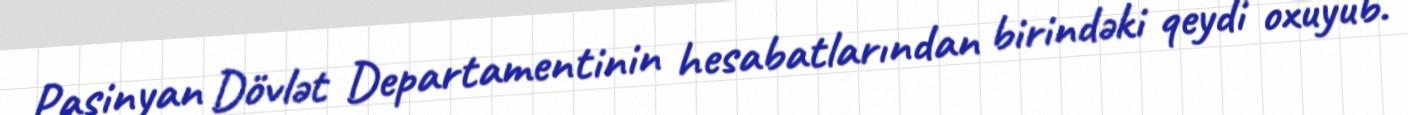
Paşinyan Dövlət Departamentinin hesabatlarından birindəki qeydi oxuyub.